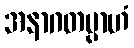
အနာဂတမ္ပာဟံ